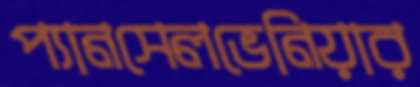
প্যানসেলভেনিয়ার